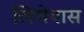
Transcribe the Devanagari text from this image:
लिणेयास